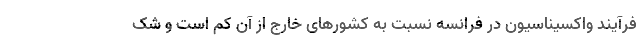
فرآیند واکسیناسیون در فرانسه نسبت به کشورهای خارج از آن کم است و شک